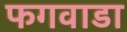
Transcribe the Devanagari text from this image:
फगवाडा